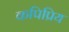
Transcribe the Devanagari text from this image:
कपिप्रिय